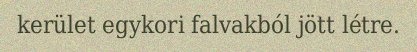
kerület egykori falvakból jött létre.